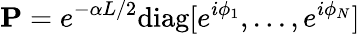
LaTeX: \textbf{P}=e^{-\alpha L/2}\mathrm{diag}[e^{i\phi_{1}},...,e^{i\phi_{N}}]